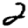
Digit: 2